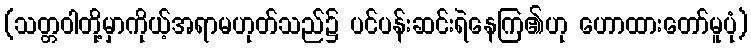
(သတ္တဝါတို့မှာကိုယ့်အရာမဟုတ်သည်၌ ပင်ပန်းဆင်းရဲနေကြ၏ဟု ဟောထားတော်မူပုံ)